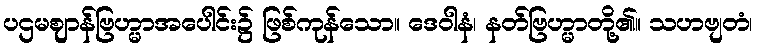
ပဌမဈာန်ဗြဟ္မာအပေါင်း၌ ဖြစ်ကုန်သော။ ဒေဝါနံ၊ နတ်ဗြဟ္မာတို့၏။ သဟဗျတံ၊